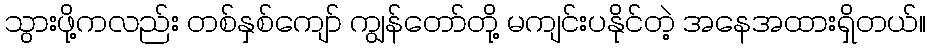
သွားဖို့ကလည်း တစ်နှစ်ကျော် ကျွန်တော်တို့ မကျင်းပနိုင်တဲ့ အနေအထားရှိတယ်။